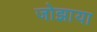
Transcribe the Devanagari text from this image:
जोझाया